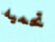
تحميه